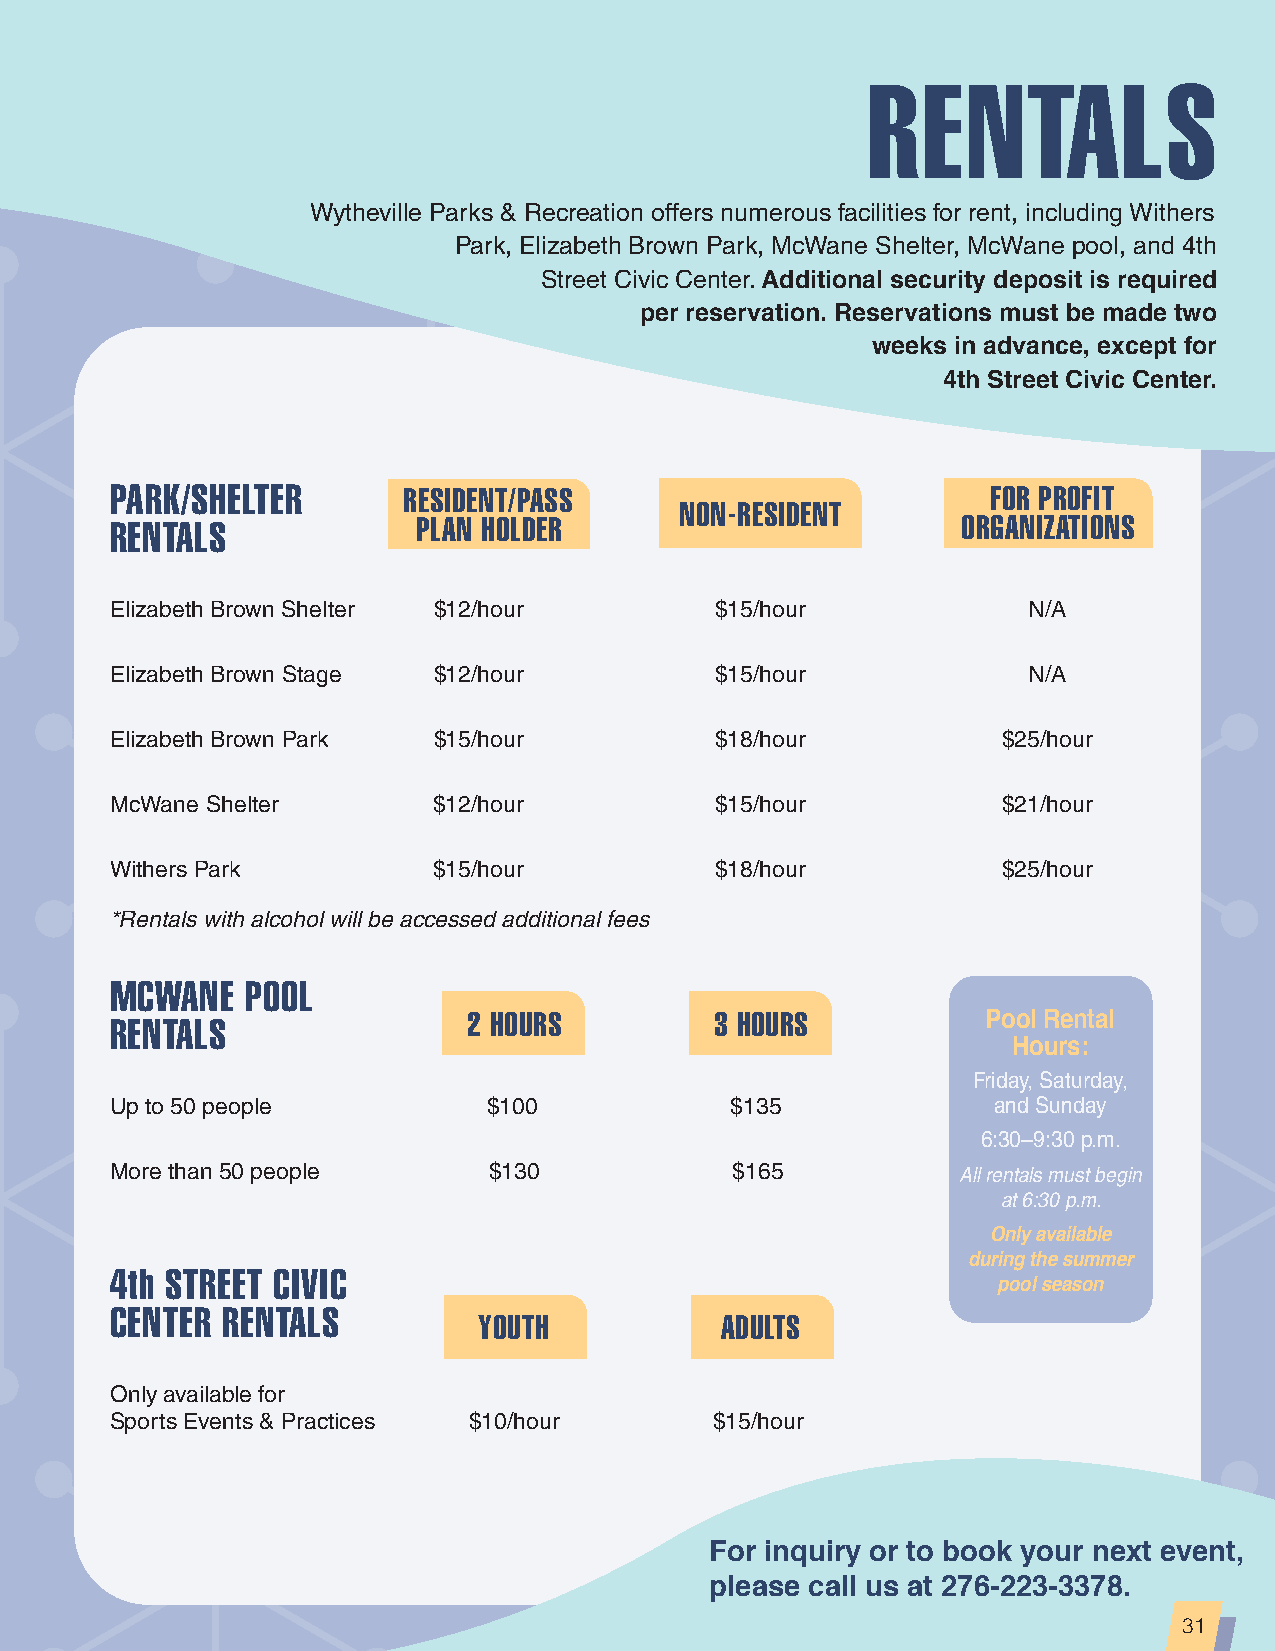
RENTALS
 Wytheville Parks & Recreation offers numerous facilities for rent, including Withers
 Park, Elizabeth Brown Park, McWane Shelter, McWane pool, and 4th
 Street Civic Center.
 Additional security deposit is required
 per reservation. Reservations must be made two
 weeks in advance, except for
 4th Street Civic Center.
 PARK/SHELTER        RESIDENT/PASS                          FOR PROFIT
 NON-RESIDENT
 RENTALS              PLAN HOLDER                         ORGANIZATIONS
 Elizabeth Brown Shelter $12/hour        $15/hour             N/A
 Elizabeth Brown Stage $12/hour          $15/hour             N/A
 Elizabeth Brown Park  $15/hour          $18/hour           $25/hour
 McWane Shelter        $12/hour          $15/hour           $21/hour
 Withers Park          $15/hour          $18/hour           $25/hour
 *Rentals with alcohol will be accessed additional fees
 MCWANE   POOL
 RENTALS                 2 HOURS         3 HOURS           Pool Rental
 Hours:
 Friday, Saturday,
 Up to 50 people          $100            $135              and Sunday
 6:30–9:30 p.m.
 More than 50 people      $130            $165           All rentals must begin
 at 6:30 p.m.
 Only available
 during the summer
 4th STREET CIVIC
 pool season
 CENTER  RENTALS
 YOUTH           ADULTS
 Only available for
 Sports Events & Practices $10/hour      $15/hour
 For inquiry or to book your next event,
 please call us at 276-223-3378.
 31